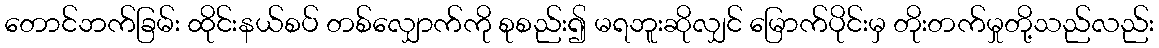
တောင်ဘက်ခြမ်း ထိုင်းနယ်စပ် တစ်လျှောက်ကို စုစည်း၍ မရဘူးဆိုလျှင် မြောက်ပိုင်းမှ တိုးတက်မှုတို့သည်လည်း